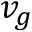
v _ { g }